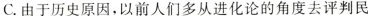
C.由于历史原因,以前人们多从进化论的角度去评判民